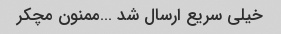
خیلی سریع ارسال شد …ممنون مچکر